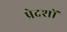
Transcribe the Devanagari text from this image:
प्रेदशों